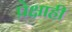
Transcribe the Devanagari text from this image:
पे़क्षाही